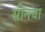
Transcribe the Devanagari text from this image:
सीनचा